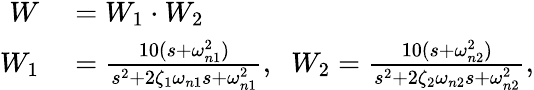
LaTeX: \begin{array}{rl}{W}&{{}=W_{1}\cdot W_{2}}\\ {W_{1}}&{{}=\frac{10(s+\omega_{n1}^{2})}{s^{2}+2\zeta_{1}\omega_{n1}s+\omega_{n1}^{2}},\; \; W_{2}=\frac{10(s+\omega_{n2}^{2})}{s^{2}+2\zeta_{2}\omega_{n2}s+\omega_{n2}^{2}},}\end{array}